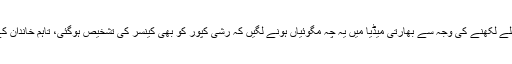
نیتو کپور کی جانب سے تصویر میں کینسر کے تحفظ کی امید رکھنے والے جملے لکھنے کی وجہ سے بھارتی میڈیا میں یہ چہ مگوئیاں ہونے لگیں کہ رشی کپور کو بھی کینسر کی تشخیص ہوگئی، تاہم خاندان کے کسی بھی شخص نے ان کے کینسر میں مبتلا ہونے کی تصدیق نہیں کی تھی۔